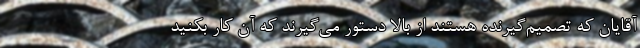
آقایان که تصمیم‌گیرنده هستند از بالا دستور می‌گیرند که آن کار بکنید